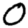
Digit: 0